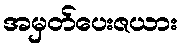
အမှတ်ပေးဇယား